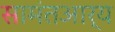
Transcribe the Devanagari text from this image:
सामंतआर्य